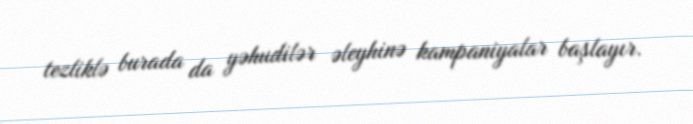
tezliklə burada da yəhudilər əleyhinə kampaniyalar başlayır.